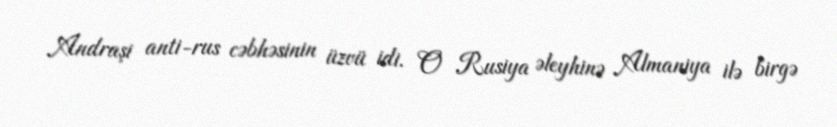
Andraşi anti-rus cəbhəsinin üzvü idi. O Rusiya əleyhinə Almaniya ilə birgə